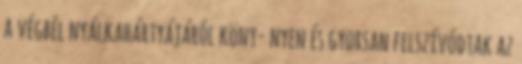
a végbél nyálkahártyájáról köny- nyen és gyorsan felszívódtak az